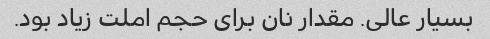
بسیار عالی. مقدار نان برای حجم املت زیاد بود.